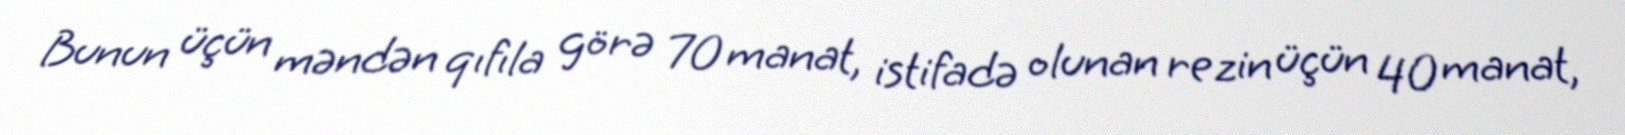
Bunun üçün məndən qıfıla görə 70 manat, istifadə olunan rezin üçün 40 manat,